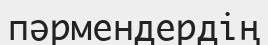
пәрмендердің